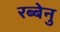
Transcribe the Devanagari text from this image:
रब्बेनु